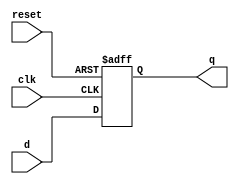
//synchronous clear
module d_ff(q,d,clk,reset);
output [3:0] q; // output data
input [3:0] d; // input data
input clk,reset;
reg [3:0] q;
always @(posedge clk or negedge reset)
begin
if (reset)
q=d;
else
q=4'b0000;
end
endmodule

module reg_32bit(q,d,clk,reset);
 output [31:0]q; // output data
 input [31:0]d; // input data
 input clk,reset; // clock and clear
 genvar j; 
 generate  for (j=0; j<32;j=j+4) begin: mux_loop
 d_ff df(q[j+3:j],d[j+3:j],clk,reset); 
 end
 endgenerate
endmodule

module tb32reg; 
reg [31:0] d; 
reg clk,reset; 
wire [31:0] q; 
reg_32bit R(q,d,clk,reset); 
always @(clk) 
#5 clk<=~clk; 

initial 
begin
$monitor(,$time,"clk=%b out=%b inp=%b reset=%b",clk,q,d,reset);
end

initial
begin
$dumpfile("reg32bit.vcd");
$dumpvars();
end

initial 
begin 
#0  clk = 1'b1; reset = 1'b1; d = 32'hFFFFFFFF;
#1  reset = 1'b0;
#20 reset=1'b1; 
#20 d=32'hAFAFAFAF; 
#40 reset = 1'b0;
#80 reset = 1'b1;
#120 reset = 1'b0;
#150 reset = 1'b1;
#200 $finish; 
end 
endmodule